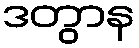
ဒတွာန